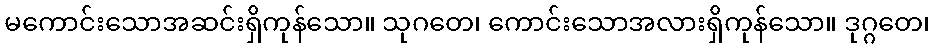
မကောင်းသောအဆင်းရှိကုန်သော။ သုဂတေ၊ ကောင်းသောအလားရှိကုန်သော။ ဒုဂ္ဂတေ၊